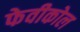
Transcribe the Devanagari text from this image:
फेवीकोल